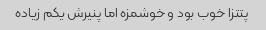
پتتزا خوب بود و خوشمزه اما پنیرش یکم زیاده